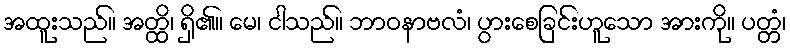
အထူးသည်။ အတ္ထိ၊ ရှိ၏။ မေ၊ ငါသည်။ ဘာဝနာဗလံ၊ ပွားစေခြင်းဟူသော အားကို။ ပတ္တံ၊